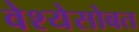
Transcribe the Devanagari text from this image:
वेश्येसोबत